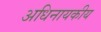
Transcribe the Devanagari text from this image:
अधिनायकीय